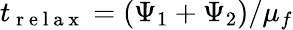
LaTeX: t_{\mathrm{~r~e~l~a~x~}}=(\Psi_{1}+\Psi_{2})/\mu_{f}